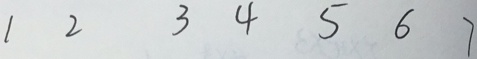
1 2 3 4 5 6 7